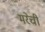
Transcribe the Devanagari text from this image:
मरेची